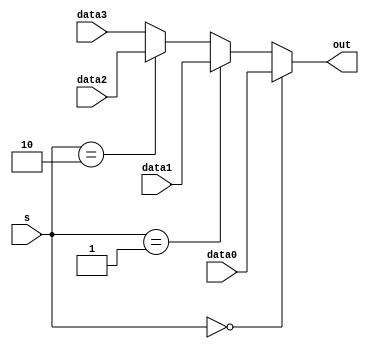
`timescale 1ns / 1ps
//////////////////////////////////////////////////////////////////////////////////
// Company: 
// Engineer: 
// 
// Design Name: 
// Module Name: MUX4
// Project Name: 
// Target Devices: 
// Tool Versions: 
// Description: 
// 
// Dependencies: 
// 
// Revision:
// Revision 0.01 - File Created
// Additional Comments:
// 
//////////////////////////////////////////////////////////////////////////////////


module MUX4(
    input       [31:0]  data0,
    input       [31:0]  data1,
    input       [31:0]  data2,
    input       [31:0]  data3,
    input       [1:0]   s,
    output      [31:0]  out
    );
    assign out= (s==2'b00)?data0:
                (s==2'b01)?data1:
                (s==2'b10)?data2:
                data3;
endmodule